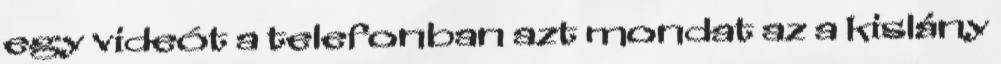
egy videót a telefonban azt mondat az a kislány